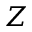
Z